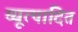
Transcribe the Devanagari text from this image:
व्यूत्पादित